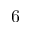
6